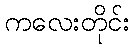
ကလေးတိုင်း